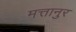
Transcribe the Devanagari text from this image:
मत्तानुर